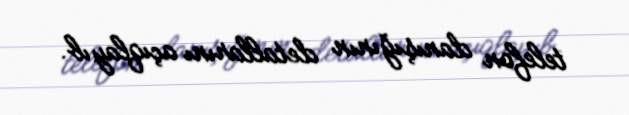
telefon danışığının detallarını açıqlayıb.